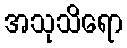
အသုသိရော